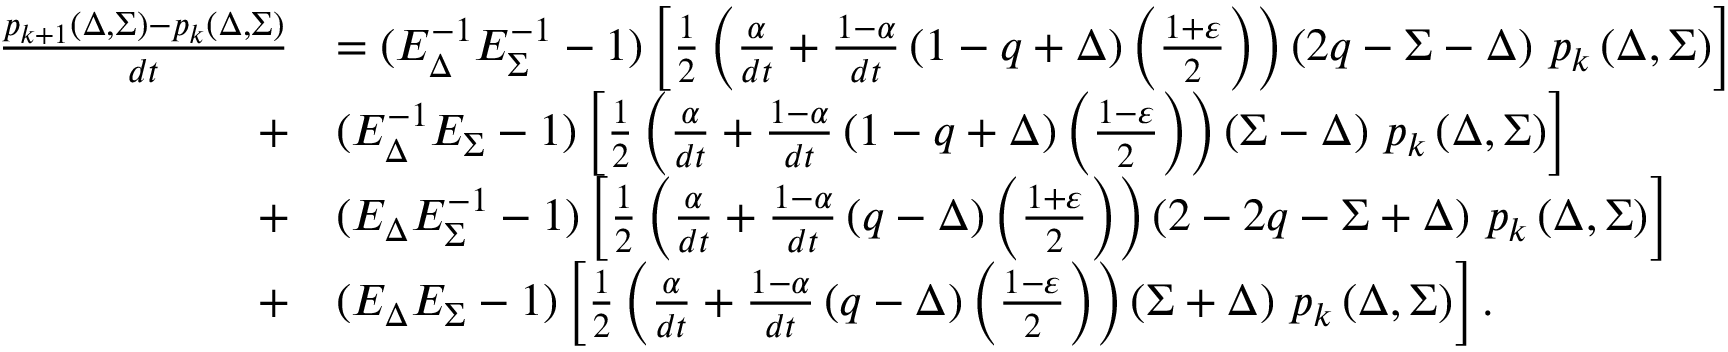
\begin{array} { r l } { \frac { p _ { k + 1 } \left( \Delta , \Sigma \right) - p _ { k } \left( \Delta , \Sigma \right) } { d t } } & { = ( E _ { \Delta } ^ { - 1 } E _ { \Sigma } ^ { - 1 } - 1 ) \left[ \frac { 1 } { 2 } \left( \frac { \alpha } { d t } + \frac { 1 - \alpha } { d t } \left( 1 - q + \Delta \right) \left( \frac { 1 + \varepsilon } { 2 } \right) \right) \left( 2 q - \Sigma - \Delta \right) \thinspace p _ { k } \left( \Delta , \Sigma \right) \right] } \\ { + } & { ( E _ { \Delta } ^ { - 1 } E _ { \Sigma } - 1 ) \left[ \frac { 1 } { 2 } \left( \frac { \alpha } { d t } + \frac { 1 - \alpha } { d t } \left( 1 - q + \Delta \right) \left( \frac { 1 - \varepsilon } { 2 } \right) \right) \left( \Sigma - \Delta \right) \thinspace p _ { k } \left( \Delta , \Sigma \right) \right] } \\ { + } & { ( E _ { \Delta } E _ { \Sigma } ^ { - 1 } - 1 ) \left[ \frac { 1 } { 2 } \left( \frac { \alpha } { d t } + \frac { 1 - \alpha } { d t } \left( q - \Delta \right) \left( \frac { 1 + \varepsilon } { 2 } \right) \right) \left( 2 - 2 q - \Sigma + \Delta \right) \thinspace p _ { k } \left( \Delta , \Sigma \right) \right] } \\ { + } & { ( E _ { \Delta } E _ { \Sigma } - 1 ) \left[ \frac { 1 } { 2 } \left( \frac { \alpha } { d t } + \frac { 1 - \alpha } { d t } \left( q - \Delta \right) \left( \frac { 1 - \varepsilon } { 2 } \right) \right) \left( \Sigma + \Delta \right) \thinspace p _ { k } \left( \Delta , \Sigma \right) \right] . } \end{array}